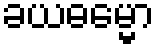
ခယဓမ္မော